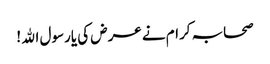
صحابہ کرام نے عرض کی یارسول اﷲ !